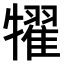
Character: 𤛹